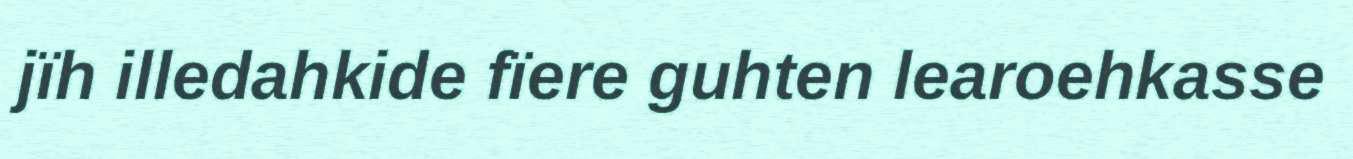
jïh illedahkide fïere guhten learoehkasse